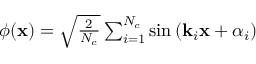
\begin{array} { r } { \phi ( \mathbf { x } ) = \sqrt { \frac { 2 } { N _ { c } } } \sum _ { i = 1 } ^ { N _ { c } } \sin \left( \mathbf { k } _ { i } \mathbf { x } + \alpha _ { i } \right) } \end{array}